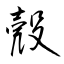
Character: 殼